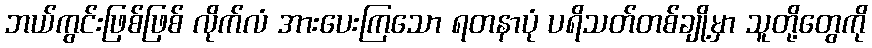
ဘယ်ကွင်းဖြစ်ဖြစ် လိုက်လံ အားပေးကြသော ရတနာပုံ ပရိသတ်တစ်ချို့မှာ သူတို့တွေကို